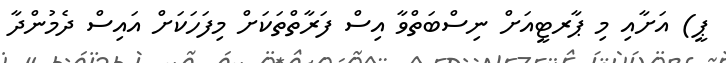
ޕީ) އަށާއި މި ޕާރޓީއަށް ނިސްބަތްވާ އިސް ފަރާތްތަކަށް މިފަހަކަށް އައިސް ދެމުންދާ